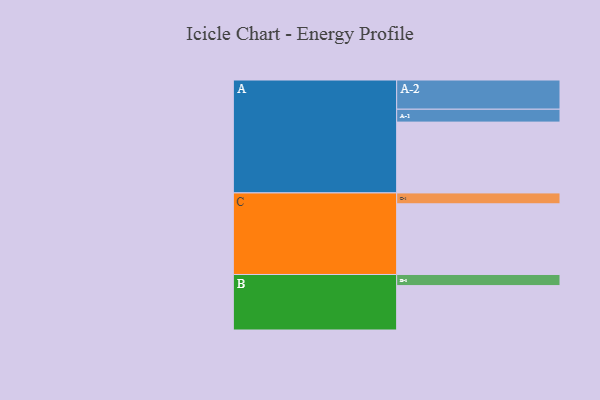
{"axis": {"x": "Segment", "y": "Value"}, "legend": ["", "A", "B", "C"], "data": [{"x": "A", "y": 560, "type": ""}, {"x": "B", "y": 351, "type": ""}, {"x": "C", "y": 559, "type": ""}, {"x": "A-1", "y": 102, "type": "A"}, {"x": "A-2", "y": 231, "type": "A"}, {"x": "B-1", "y": 88, "type": "B"}, {"x": "C-1", "y": 86, "type": "C"}]}